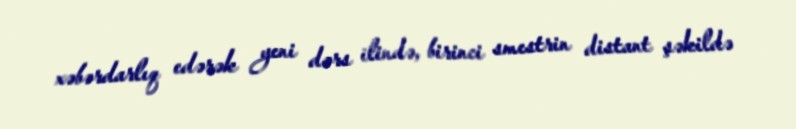
xəbərdarlıq edərək yeni dərs ilində, birinci smestrin distant şəkildə